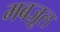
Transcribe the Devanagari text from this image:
मबज़ूल